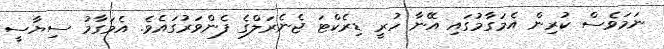
ނަމަވެސް ކުރިން އެމަގާމުގައި އޭނާ ހުރީ ޑިރެކްޓަ ޖެނެރަލްގެ ފެންވަރުގައެވެ. އެމަގާމު ސިޔާސީ